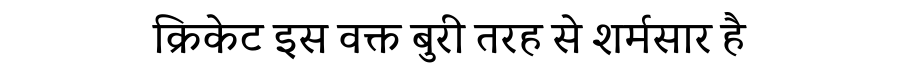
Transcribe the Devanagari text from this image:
क्रिकेट इस वक्त बुरी तरह से शर्मसार है